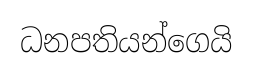
ධනපතියන්ගෙයි